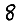
Digit: 8